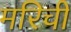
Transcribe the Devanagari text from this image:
मरिची